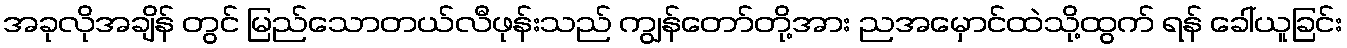
အခုလိုအချိန် တွင် မြည်သောတယ်လီဖုန်းသည် ကျွန်တော်တို့အား ညအမှောင်ထဲသို့ထွက် ရန် ခေါ်ယူခြင်း